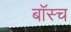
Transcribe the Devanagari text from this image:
बॉस्च